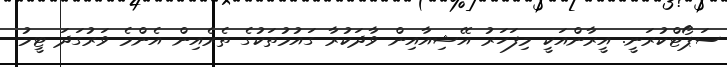
ސަޕޯޓްކުރަނީ. އީރާންއަކީ މިފަހަރު އޭޝިއާއިން ވާދަކުރާ ގައުމުތަކުގެ ތެރެއިން އެންމެ ވަރުގަދަ ޓީމު